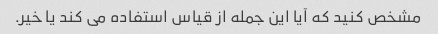
مشخص کنید که آیا این جمله از قیاس استفاده می کند یا خیر.